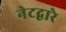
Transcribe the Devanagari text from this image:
नेटद्वारे